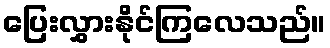
ပြေးလွှားနိုင်ကြလေသည်။